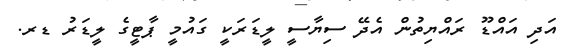
އަދި އައްޑޫ ރައްޔިތުން އެދޭ ސިޔާސީ ލީޑަރަކީ ގައުމީ ޕާޓީގެ ލީޑަރު ޑރ.